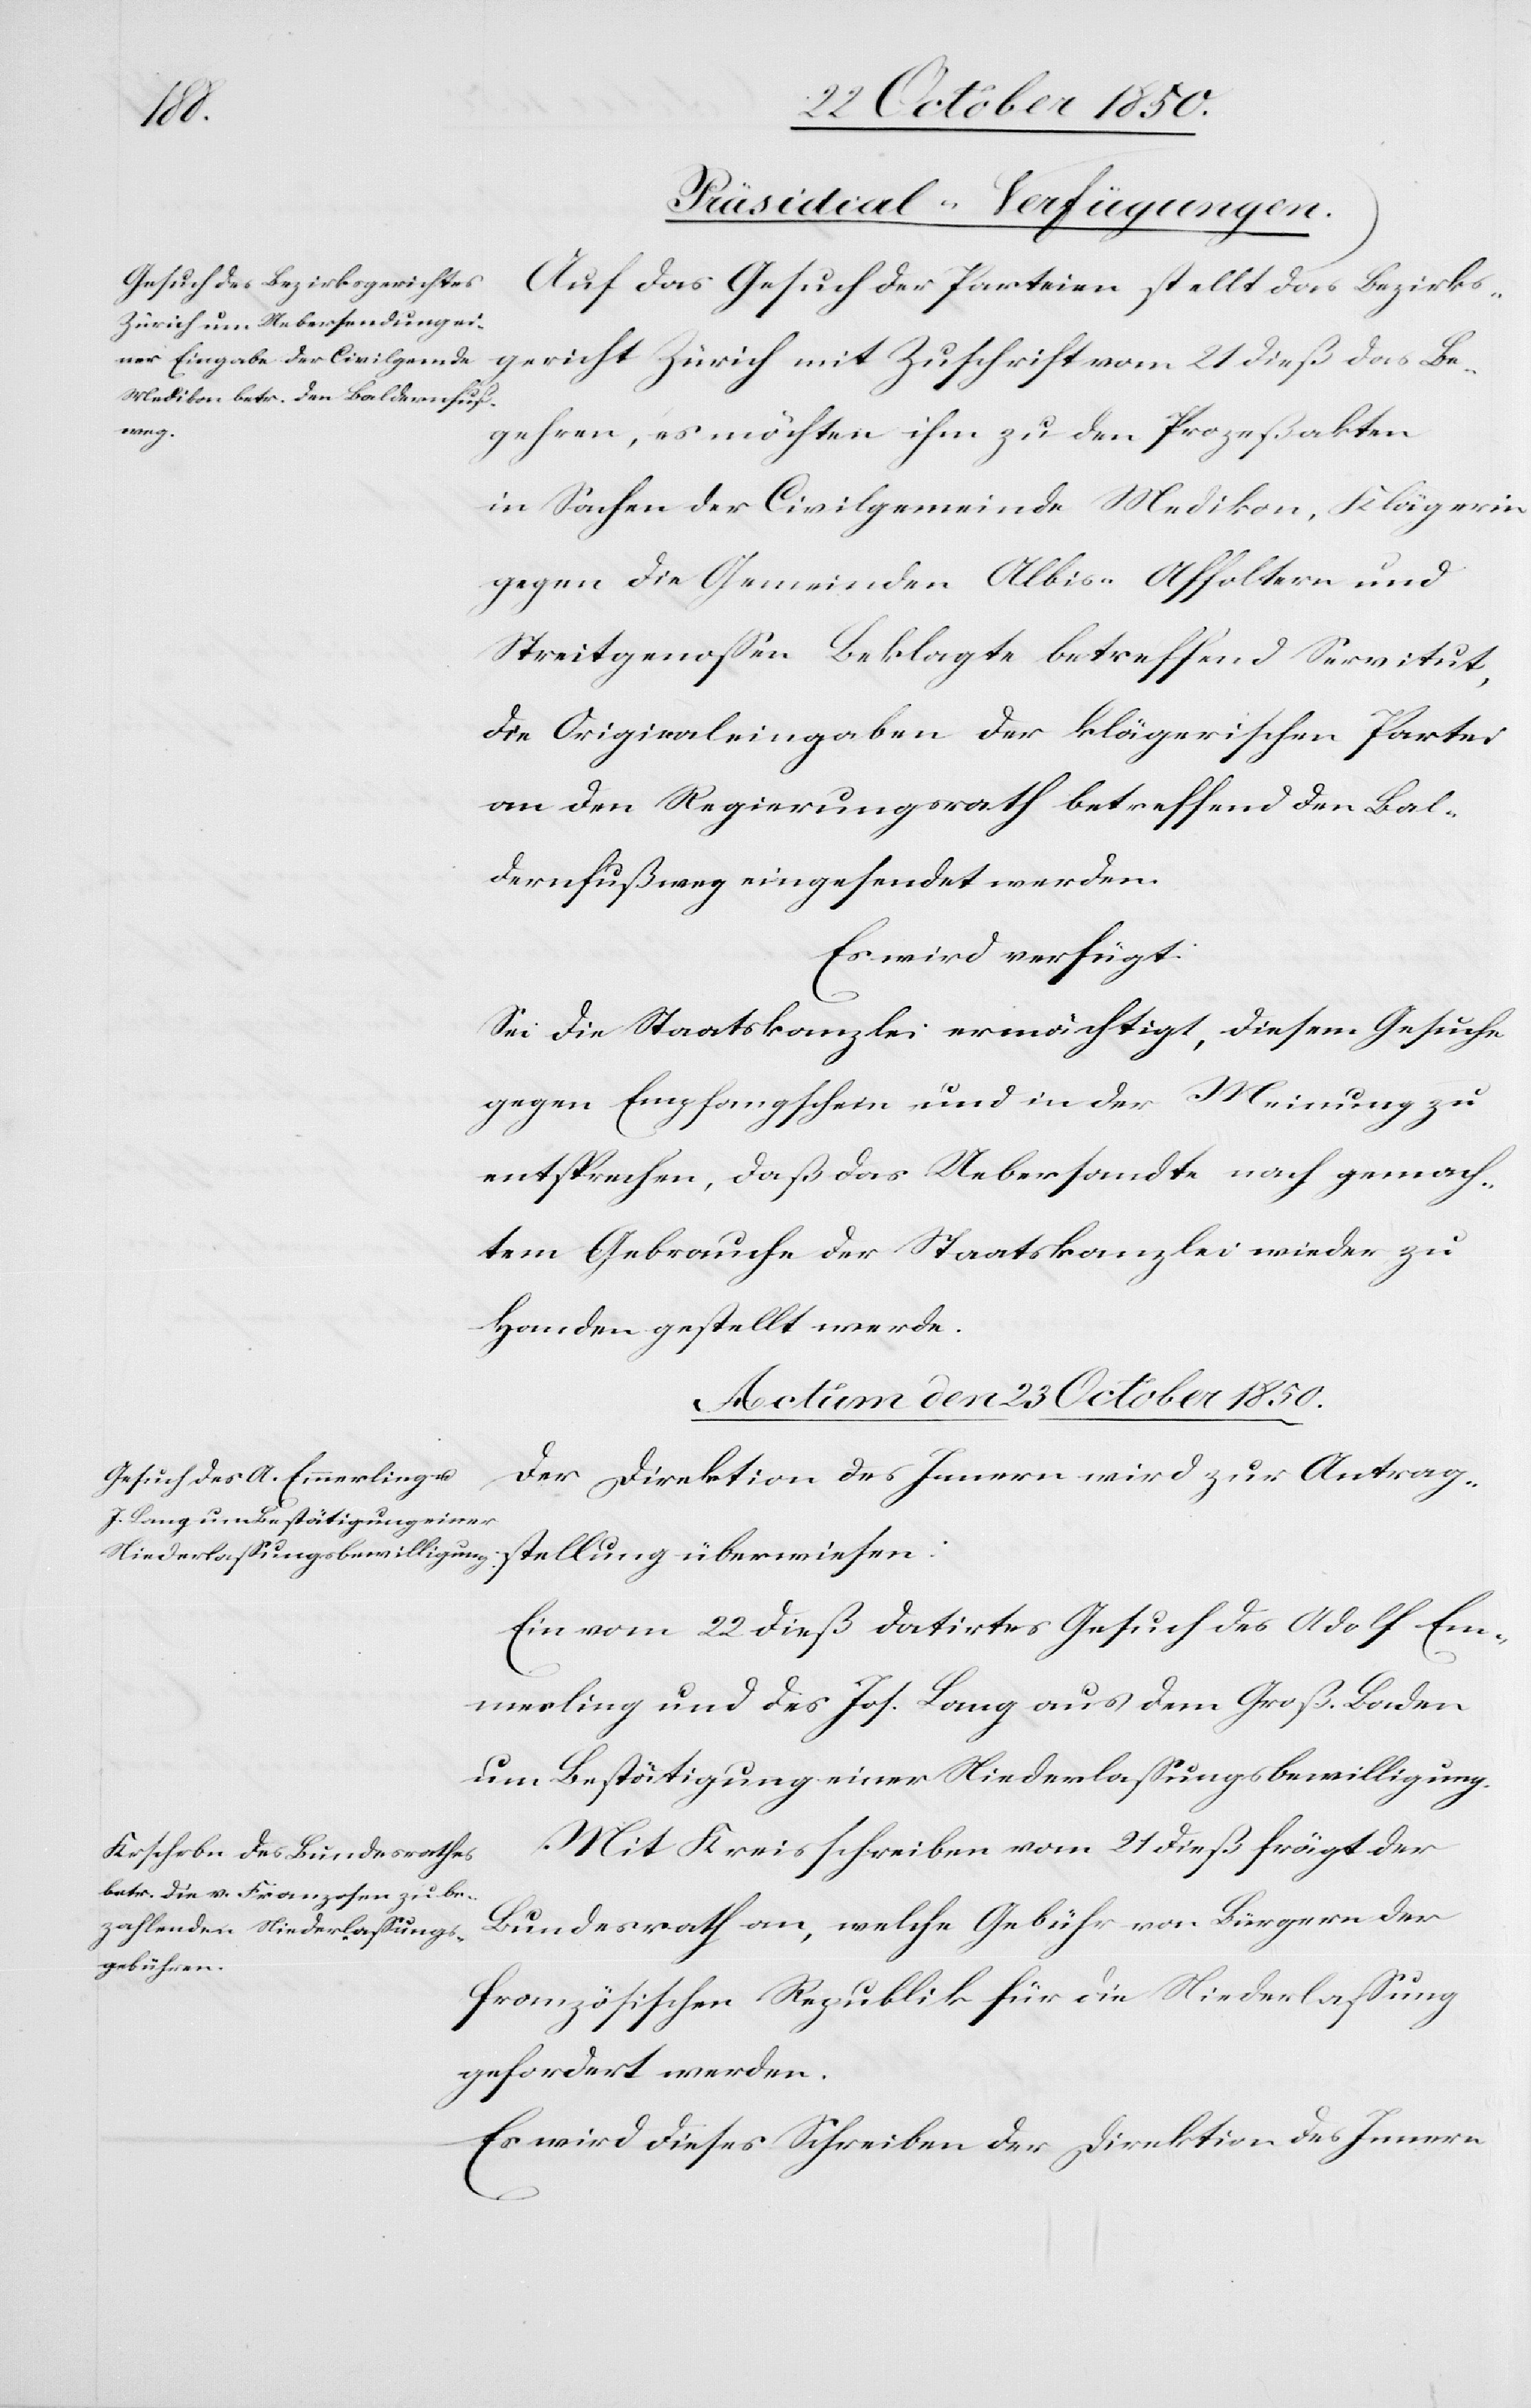
stel¬
[Präsidial-Verfügungen.
Auf das Gesuch der Parteien stellt das Bezirks¬
gericht Zürich mit Zuschrift vom 21 dieß das Be¬
lung
gehren, es möchten ihm zu den Prozeßakten
in Sachen der Civilgemeinde Medikon, Klägerin
gegen die Gemeinden Albis-Affoltern und
Streitgenossen Beklagte betreffend Servitut,
die Originaleingaben der klägerischen Partei
an den Regierungsrath betreffend den Bal¬
dernfußweg eingesendet werden.
Es wird verfügt:
Sei die Staatskanzlei ermächtigt, diesem Gesuche
gegen Empfangschein und in der Meinung zu
entsprechen, daß das Uebersandte nach gemach¬
tem Gebrauche der Staatskanzlei wieder zu
Handen gestellt werde.
Actum den 23 October 1850.]
Der Direktion des Innern wird zur Antrag¬
Ein vom 22 dieß datirtes Gesuch des Adolf Em¬
merling und des Jos. Lang aus dem Groß. Baden
um Bestätigung einer Niederlassungsbewilligung.
Mit Kreisschreiben vom 21 dieß frägt der
Bundesrath an, welche Gebühr von Bürgern der
französischen Republik für die Niederlassung
gefordert werden.
Es wird dieses Schreiben der Direktion des Innern